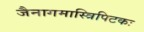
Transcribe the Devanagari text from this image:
जैनागमास्त्रिपिटकः